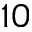
1 0